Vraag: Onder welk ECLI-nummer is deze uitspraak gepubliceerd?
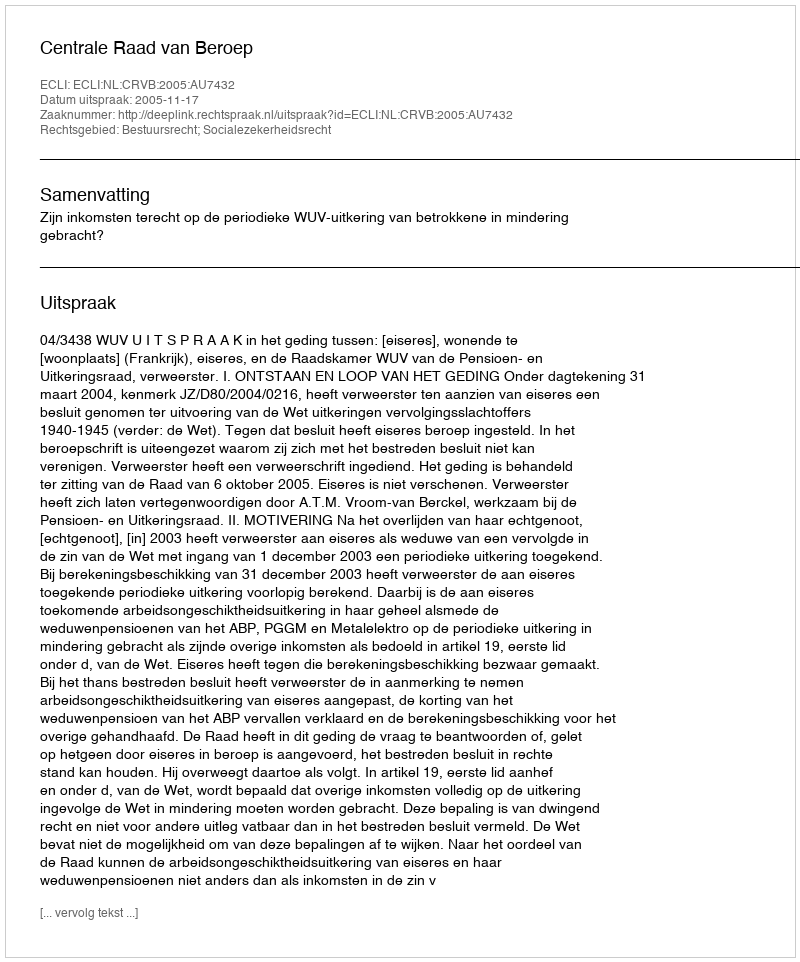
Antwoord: ECLI:NL:CRVB:2005:AU7432